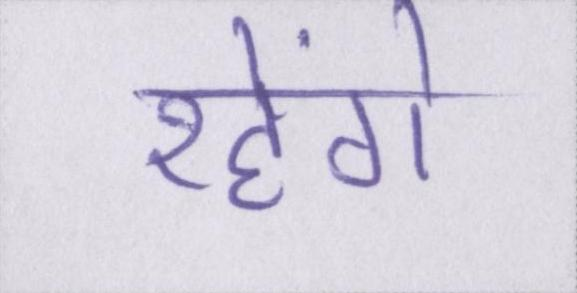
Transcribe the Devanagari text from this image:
रहेंगे